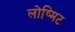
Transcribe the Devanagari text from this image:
लोष्मिट